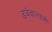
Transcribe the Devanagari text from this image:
डबेवाल्यांनी